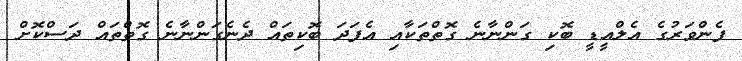
ފެންވަރުގެ އެލްއީޑީ ބޮކި ގަންނާނެ ގޮތްތަކާއި އެފަދަ ބޮކިތައް ދެނެގަންނާނެ ގޮތްތައް ދަސްކޮށް